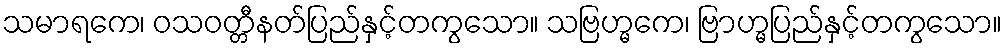
သမာရကေ၊ ဝသဝတ္တီနတ်ပြည်နှင့်တကွသော။ သဗြဟ္မကေ၊ ဗြာဟ္မပြည်နှင့်တကွသော။